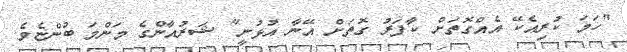
"ހަމަ ކުރިއެކޭ އެއްގޮތަށް ކާފަރު ގޮތަށް އޭނާ އުޅުނީ" ޝަރުއާންގެ މަންމަ ބުންޏެވެ.